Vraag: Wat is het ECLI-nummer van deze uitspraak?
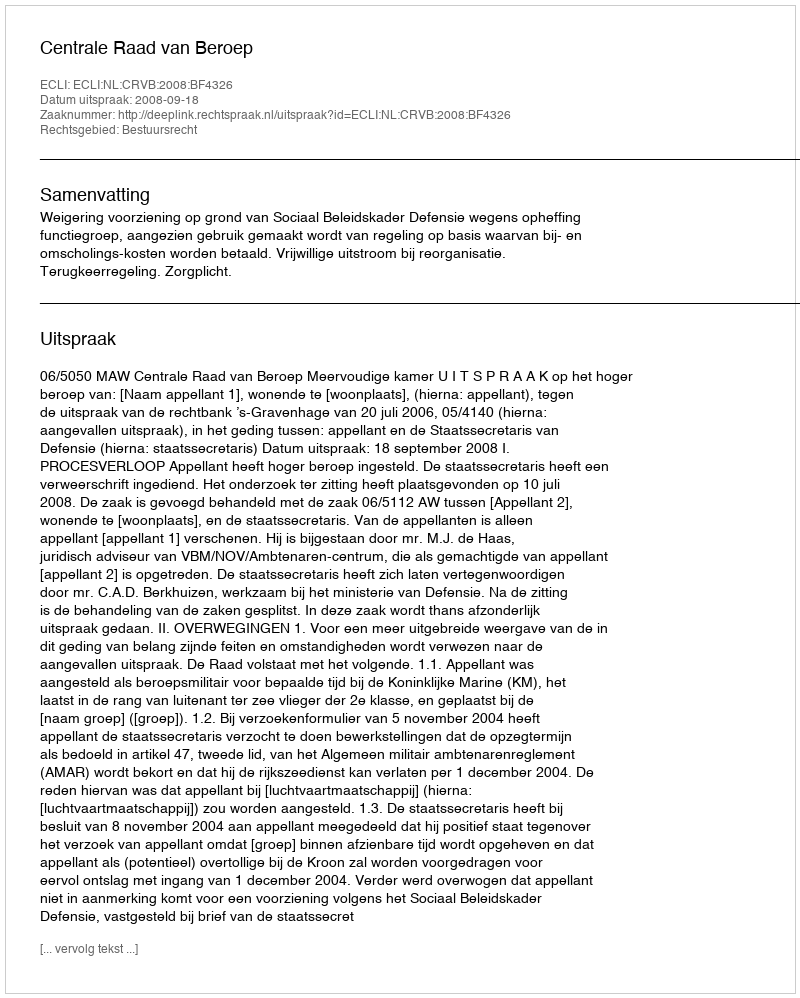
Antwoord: ECLI:NL:CRVB:2008:BF4326